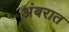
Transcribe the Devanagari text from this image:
अंबरात